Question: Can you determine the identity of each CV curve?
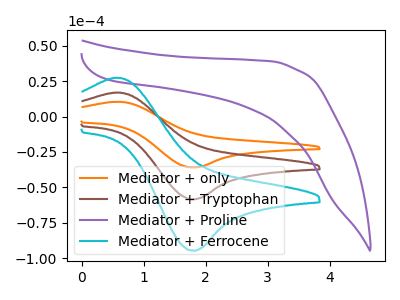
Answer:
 <answer>The orange curve is labeled "Mediator + only". The brown curve is labeled "Mediator + Tryptophan". The purple curve is labeled "Mediator + Proline". The cyan curve is labeled "Mediator + Ferrocene".</answer>
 <eval></eval>